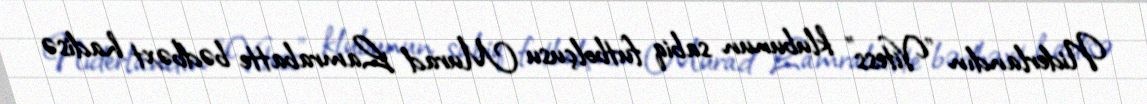
Niderlandın "Vitess" klubunun sabiq futbolçusu Murad Lamrabatte bədbəxt hadisə